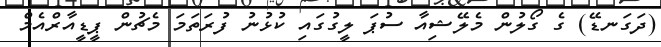
(ދަގަނޑޭ) ގެ ގޯލުން މެލޭޝިއާ ސުޕަ ލީގުގައި ކުޅުނު ފުރަތަމަ މެޗުން ޕީޑީއާރްއެމް